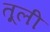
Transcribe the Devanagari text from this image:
तूली